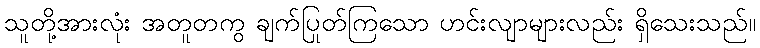
သူတို့အားလုံး အတူတကွ ချက်ပြုတ်ကြသော ဟင်းလျာများလည်း ရှိသေးသည်။